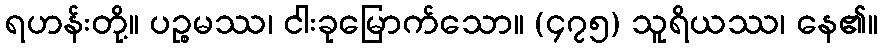
ရဟန်းတို့။ ပဉ္စမဿ၊ ငါးခုမြောက်သော။ (၄၇၅) သူရိယဿ၊ နေ၏။